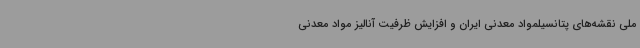
ملی نقشه‌های پتانسیلمواد معدنی ایران و افزایش ظرفیت آنالیز مواد معدنی